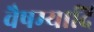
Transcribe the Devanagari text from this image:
वैषम्यादि